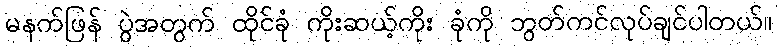
မနက်ဖြန် ပွဲအတွက် ထိုင်ခုံ ကိုးဆယ့်ကိုး ခုံကို ဘွတ်ကင်လုပ်ချင်ပါတယ်။